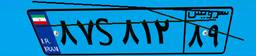
۲۵S۷۸۰۱۳